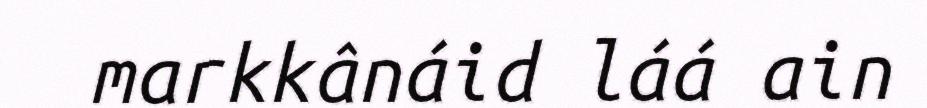
markkânáid láá ain